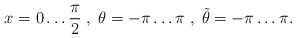
\begin{align*}x = 0\ldots \frac{\pi}{2}\; ,\; \theta = -\pi \ldots \pi \; ,\;\tilde{\theta} = -\pi \ldots \pi .\end{align*}